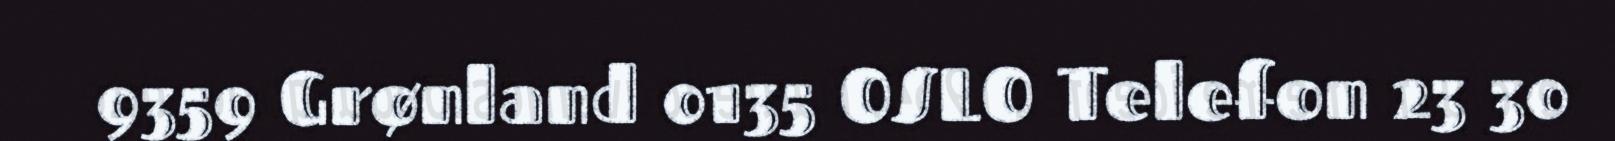
9359 Grønland 0135 OSLO Telefon 23 30